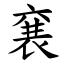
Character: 㐮